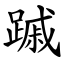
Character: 䠞